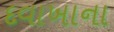
દવાખાના